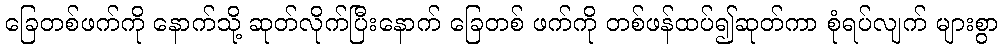
ခြေတစ်ဖက်ကို နောက်သို့ ဆုတ်လိုက်ပြီးနောက် ခြေတစ် ဖက်ကို တစ်ဖန်ထပ်၍ဆုတ်ကာ စုံရပ်လျက် များစွာ